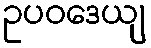
ဥပဝဒေယျ